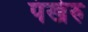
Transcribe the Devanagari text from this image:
पंखेरु